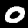
Label: 0